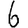
Digit: 6